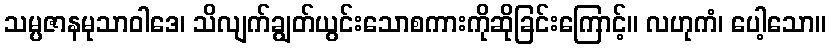
သမ္ပဇာနမုသာဝါဒေ၊ သိလျက်ချွတ်ယွင်းသောစကားကိုဆိုခြင်းကြောင့်။ လဟုကံ၊ ပေါ့သော။